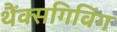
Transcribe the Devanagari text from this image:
थैंक्‍सगिविंग